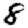
Digit: 8